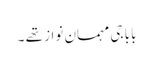
بابا جی مہمان نواز تھے ۔